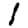
Digit: 1